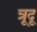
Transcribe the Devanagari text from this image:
त्रूदू